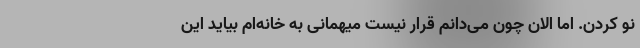
نو کردن. اما الان چون می‌دانم قرار نیست میهمانی به خانه‌ام بیاید این